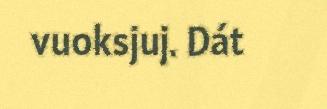
vuoksjuj. Dát